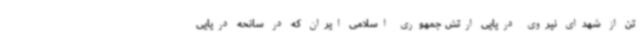
تن از شهدای نیروی دریایی ارتش جمهوری اسلامی ایران که در سانحه دریایی